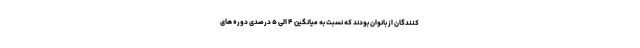
کنندگان از بانوان بودند که نسبت به میانگین ۴ الی ۵ درصدی دوره های